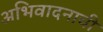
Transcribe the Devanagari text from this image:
अभिवादनाची